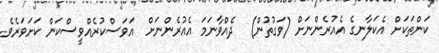
ކަންތަކަށް އެކަލާނގެ އެއުރެންނަށް (ވަގުތުން)  ދެއްވާނަމަ އެއުރެންނަށް  އަވަސްކުރެއްވީސްކަން ކަށަވަރެވެ.